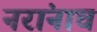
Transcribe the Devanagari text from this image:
नरांनाच